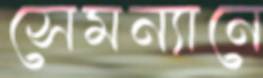
সেমন্যানে